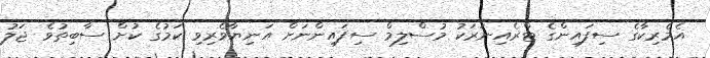
އެމެރިކާގެ ސިފައިންގެ ޓްރެއިނަރަކު މުސްލިމް ސިފައިންނަށް އަނިޔާވެރިވި ކަމުގެ ކުށް ސާބިތުވެ ޖަލު